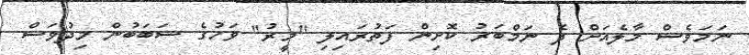
ނަމަވެސް މާލެއަށް ދެ ނަމްބަރު ކޮށިން ފަތުރައިލި "މީރު" ވަހުގެ ސަބަބުން މިދުވަސް